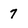
Character: 7